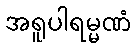
အရူပါရမ္မဏံ